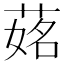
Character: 𦵎